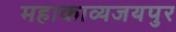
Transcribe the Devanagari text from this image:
महाकाव्यजयपुर